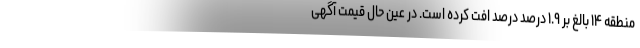
منطقه ۱۴ بالغ بر ۱.۹ درصد درصد افت کرده است. در عین حال قیمت آگهی